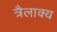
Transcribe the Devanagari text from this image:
त्रैलाक्य